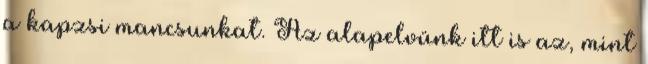
a kapzsi mancsunkat. Az alapelvünk itt is az, mint